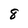
Character: 8